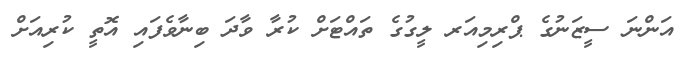
އަންނަ ސީޒަނުގެ ޕްރިމިއަރ ލީގުގެ ތައްޓަށް ކުރާ ވާދަ ބިނާވެފައި އޮތީ ކުރިއަށް